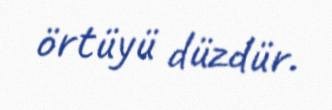
örtüyü düzdür.